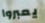
يعبروا